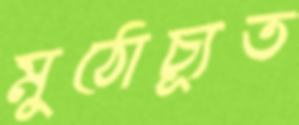
মুঠোচ্যূত